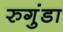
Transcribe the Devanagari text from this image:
रुगुंडा